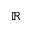
\mathbb { R }